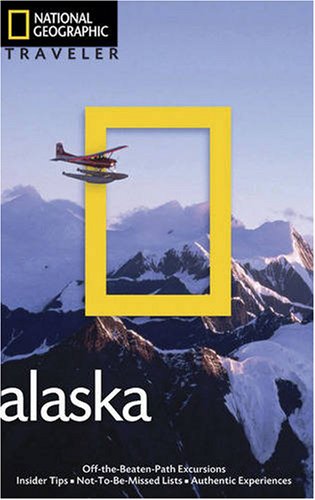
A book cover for National Geographic Traveler: Alaska, 2nd Edition; Bob Devine; Travel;